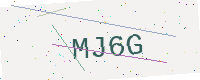
Text: MJ6G